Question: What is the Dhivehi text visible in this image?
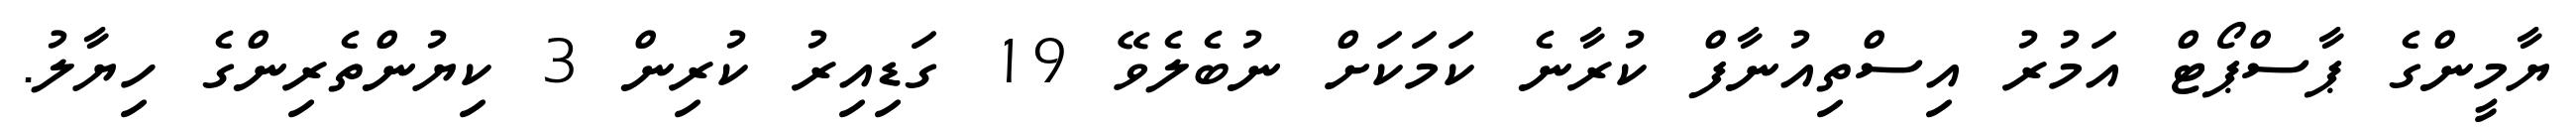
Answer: ޔާމީންގެ ޕާސްޕޯޓް އަމުރު އިސްތިއުނާފް ކުރާނެ ކަމަކަށް ނުބެލެވޭ 19 ގަޑިއިރު ކުރިން 3 ކިޔުންތެރިންގެ ހިޔާލު.